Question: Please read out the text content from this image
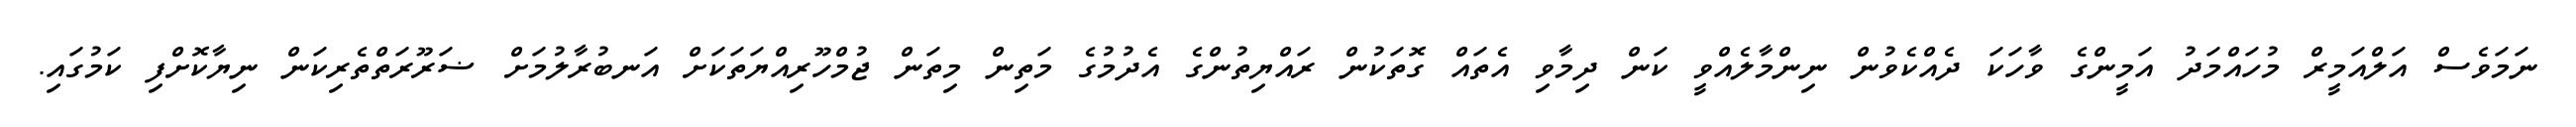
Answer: ނަމަވެސް އަލްއަމީރް މުހައްމަދު އަމީންގެ ވާހަކަ ދެއްކެވުން ނިންމާލެއްވީ ކަން ދިމާވި އެތައް ގޮތަކުން ރައްޔިތުންގެ އެދުމުގެ މަތިން މިތަން ޖުމްހޫރިއްޔަތަކަށް އަނބުރާލުމަށް ޟަރޫރަތްތެރިކަން ނިޔާކޮށްފި ކަމުގައި.